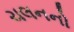
ચલનનો